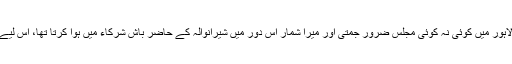
حضرت قاری صاحبؒ جب بھی پاکستان تشریف لاتے تو شیرانوالہ لاہور میں کوئی نہ کوئی مجلس ضرور جمتی اور میرا شمار اس دور میں شیرانوالہ کے حاضر باش شرکاء میں ہوا کرتا تھا، اس لیے متعدد بار ان برکات سے فیض یاب ہونے کی سعادت حاصل ہوئی۔